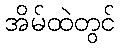
အိမ်ထဲတွင်